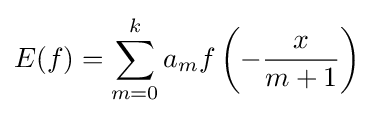
E(f)=\sum _{m=0}^{k}a_{m}f\left(-{\frac {x}{m+1}}\right)